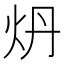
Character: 𬉾